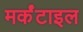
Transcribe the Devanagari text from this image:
मर्कंटाइल